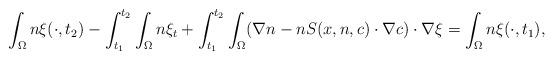
LaTeX: \begin{align*}\int_{\Omega}n\xi(\cdot, t_{2})-\int_{t_{1}}^{t_{2}}\int_{\Omega}n\xi_{t}+\int_{t_{1}}^{t_{2}}\int_{\Omega}(\nabla n - n S(x,n,c) \cdot \nabla c)\cdot \nabla \xi=\int_{\Omega}n\xi(\cdot, t_{1}),\end{align*}